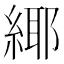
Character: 𦂫